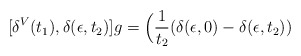
\begin{align*}[\delta^V (t_1), \delta (\epsilon, t_2)] g = \Big({1\over t_2}(\delta (\epsilon, 0) - \delta (\epsilon, t_2))\end{align*}